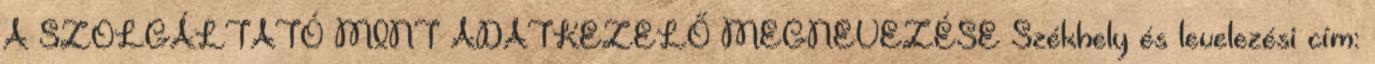
A SZOLGÁLTATÓ MINT ADATKEZELŐ MEGNEVEZÉSE Székhely és levelezési cím: